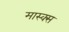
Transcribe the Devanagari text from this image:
मास्क्स